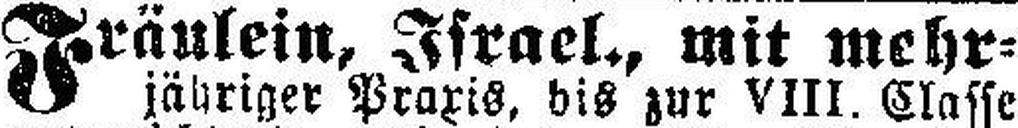
Fräulein, Israel., mit mehr¬